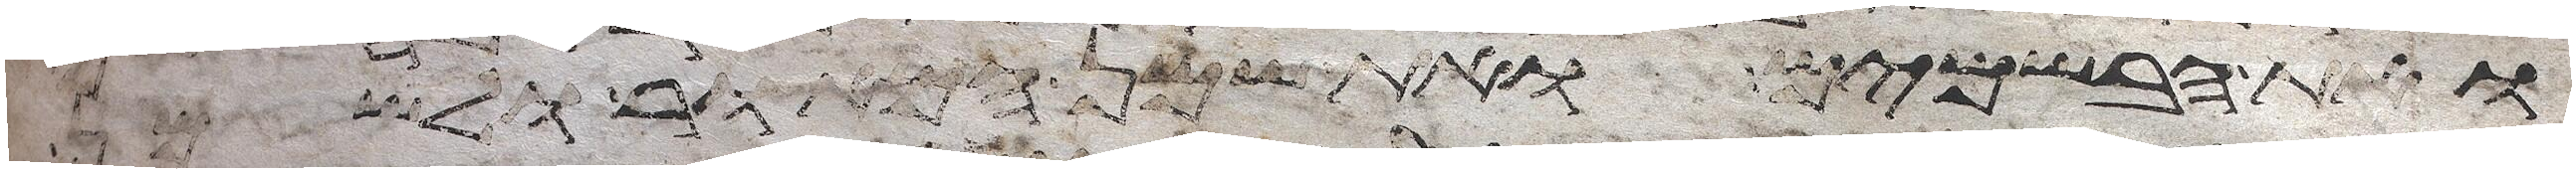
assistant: ואת הבשמים ואת שמן המאור לשמן